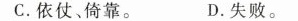
C.依仗、倚靠。 D.失败。